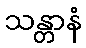
သန္တာနံ